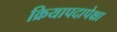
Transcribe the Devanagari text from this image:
क्रियापदापेक्षा